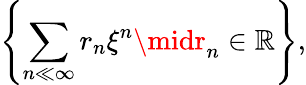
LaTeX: \left\{ \sum_{n\ll\infty}r_{n}\xi^{n}\midr_{n}\in\mathbb{R}\right\} ,